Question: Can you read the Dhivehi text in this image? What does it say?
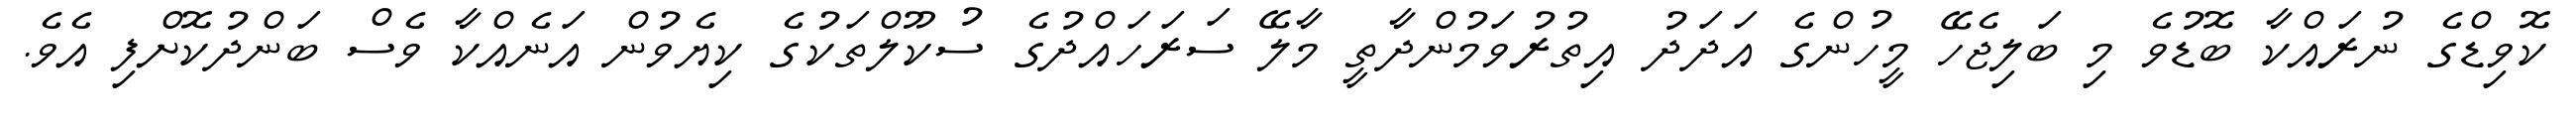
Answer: ކޮވިޑްގެ ނުރައްކާ ބޮޑުވެ މި ބަލިޖެހޭ މީހުންގެ އަދަދު އިތުރުވަމުންދާތީ މާލޭ ސަރަހައްދުގެ ސުކޫލްތަކުގެ ކިޔެވުން އަނެއްކާ ވެސް ބަންދުކޮށްފި އެވެ.